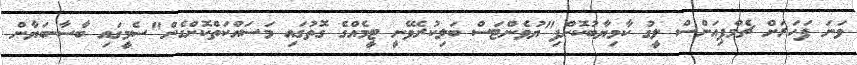
ވަނަ ފަހަރަށް ޗެމްޕިއަންސް ލީގު ކާމިޔާބުކޮށްފި"ޔުވެންޓަސް ބަލިކުރެވޭނީ ޓީމެއްގެ ގޮތުގައި މަސައްކަތްކޮށްގެން"ސެމީގައި ބާސާ-ބަޔާން